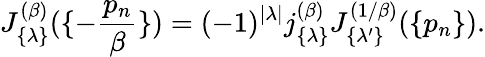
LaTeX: J_{\{ \lambda\} }^{(\beta)}(\{ -{\frac{p_{n}}{\beta}}\} )=(-1)^{|\lambda|}j_{\{ \lambda\} }^{(\beta)}J_{\{ \lambda^{\prime}\} }^{(1/\beta)}(\{ p_{n}\} ).